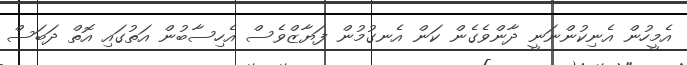
އެމީހުން އެނިކުންނަނީ ދާންވެގެން ކަން އެނގުމުން ފަޔާޒްވެސް އެހިސާބުން އަތުގައި އޮތް ދަބަސް